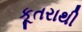
કૂતરાથી